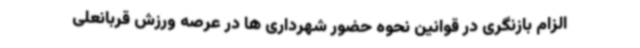
الزام بازنگری در قوانین نحوه حضور شهرداری ها در عرصه ورزش قربانعلی